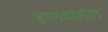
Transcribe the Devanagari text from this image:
हालचालीत